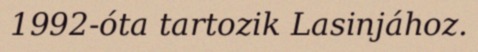
1992-óta tartozik Lasinjához.